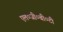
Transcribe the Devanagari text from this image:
एल०जी०बी०टी